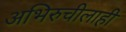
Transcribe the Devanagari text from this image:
अभिरुचीलाही